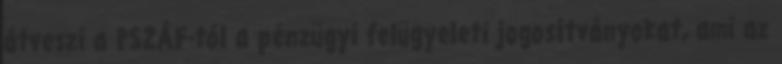
átveszi a PSZÁF-tól a pénzügyi felügyeleti jogosítványokat, ami az